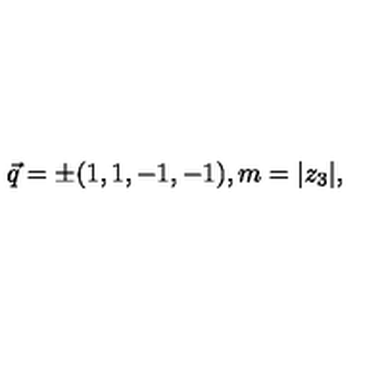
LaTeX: \vec { q } = \pm ( 1 , 1 , - 1 , - 1 ) , m = | z _ { 3 } | ,